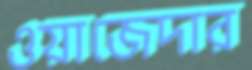
ওয়াজেদার